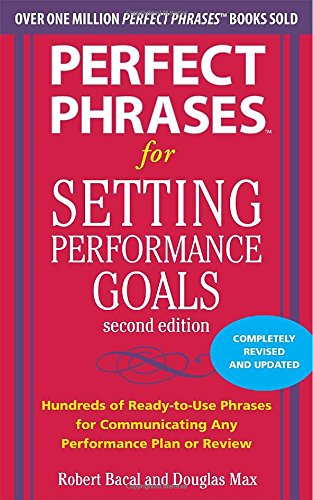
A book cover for Perfect Phrases for Setting Performance Goals, Second Edition (Perfect Phrases Series); Douglas Max; Business & Money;